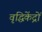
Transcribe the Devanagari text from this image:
वृद्धिकेंद्रों